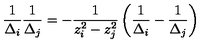
\frac { 1 } { \Delta _ { i } } \frac { 1 } { \Delta _ { j } } = - \frac { 1 } { z _ { i } ^ { 2 } - z _ { j } ^ { 2 } } \left( \frac { 1 } { \Delta _ { i } } - \frac { 1 } { \Delta _ { j } } \right)